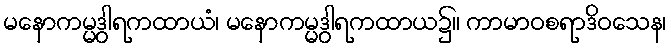
မနောကမ္မဒွါရကထာယံ၊ မနောကမ္မဒွါရကထာယ၌။ ကာမာဝစရာဒိဝသေန၊